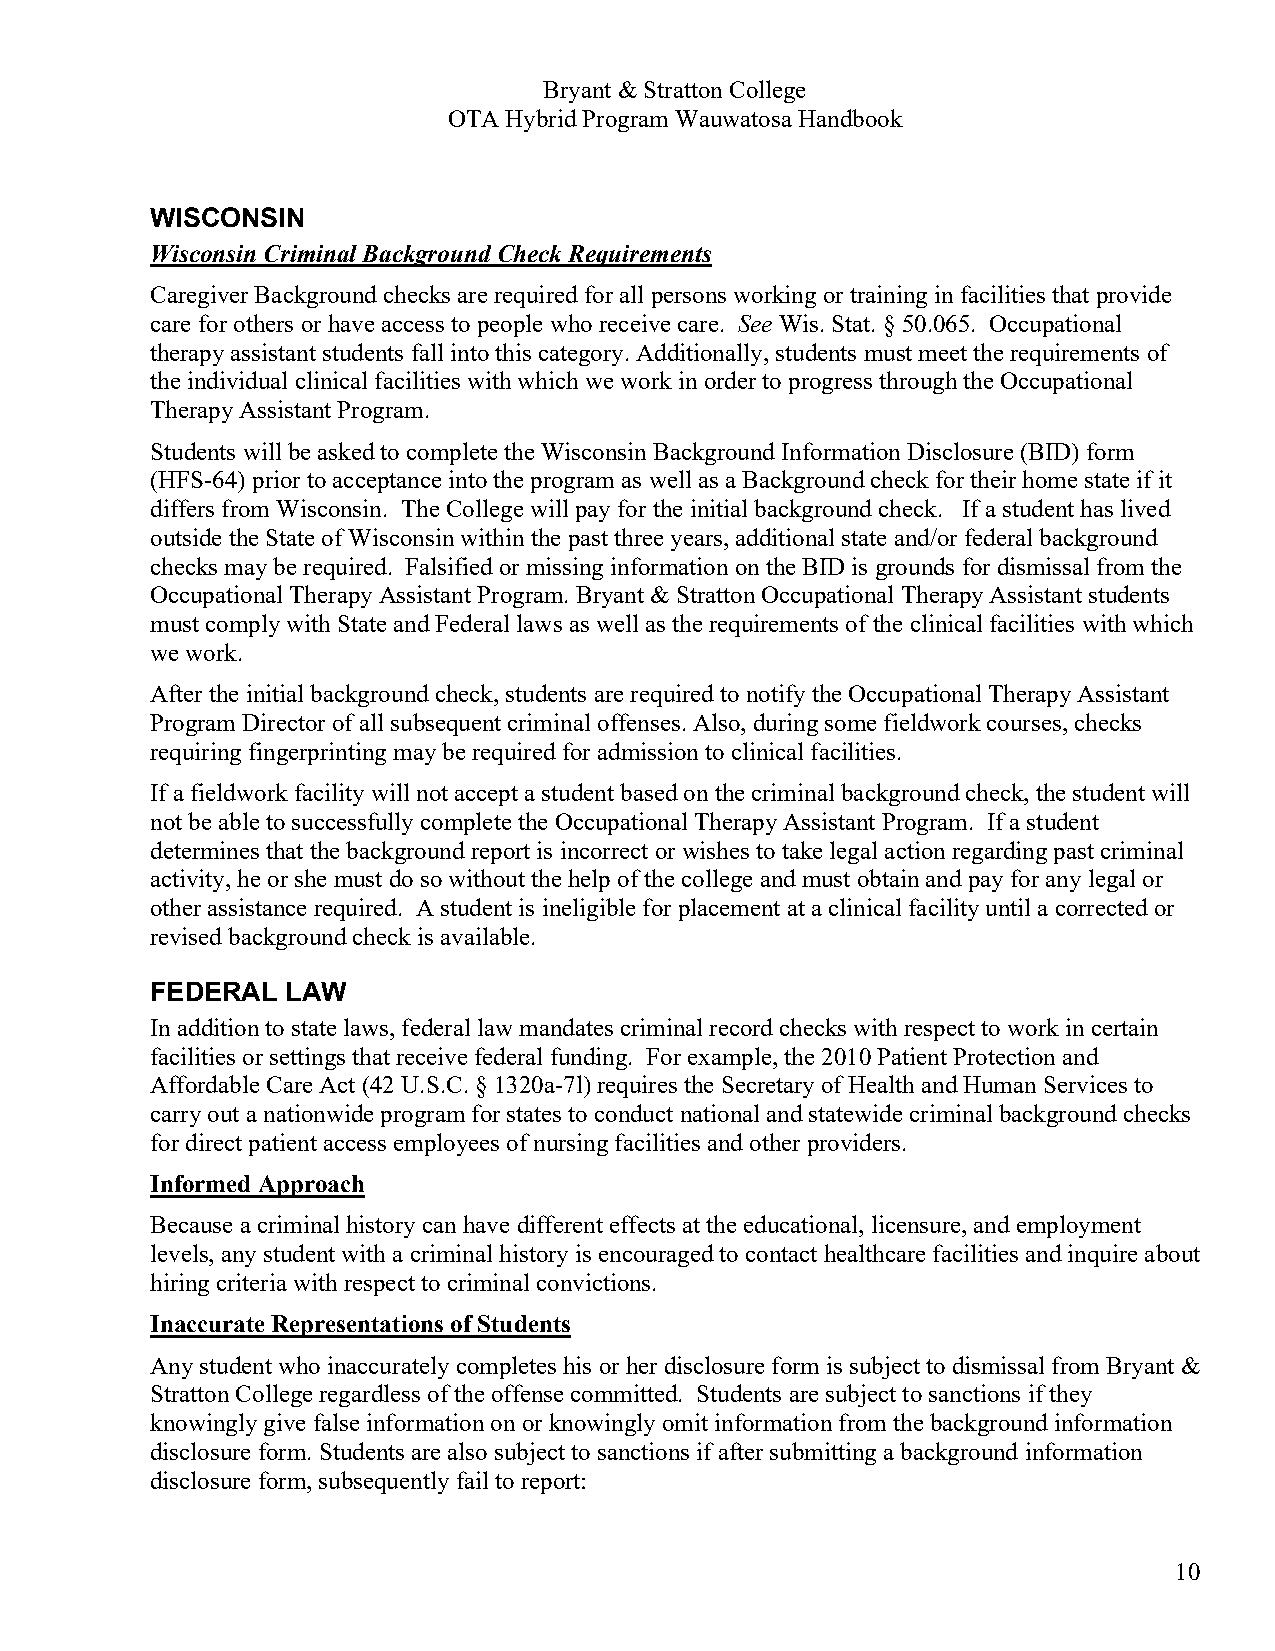
Bryant & Stratton College
 OTA Hybrid Program Wauwatosa Handbook
 WISCONSIN
 Wisconsin Criminal Background Check Requirements
 Caregiver Background checks are required for all persons working or training in facilities that provide
 care for others or have access to people who receive care. See Wis. Stat. § 50.065. Occupational
 therapy assistant students fall into this category. Additionally, students must meet the requirements of
 the individual clinical facilities with which we work in order to progress through the Occupational
 Therapy Assistant Program.
 Students will be asked to complete the Wisconsin Background Information Disclosure (BID) form
 (HFS-64) prior to acceptance into the program as well as a Background check for their home state if it
 differs from Wisconsin. The College will pay for the initial background check. If a student has lived
 outside the State of Wisconsin within the past three years, additional state and/or federal background
 checks may be required. Falsified or missing information on the BID is grounds for dismissal from the
 Occupational Therapy Assistant Program. Bryant & Stratton Occupational Therapy Assistant students
 must comply with State and Federal laws as well as the requirements of the clinical facilities with which
 we work.
 After the initial background check, students are required to notify the Occupational Therapy Assistant
 Program Director of all subsequent criminal offenses. Also, during some fieldwork courses, checks
 requiring fingerprinting may be required for admission to clinical facilities.
 If a fieldwork facility will not accept a student based on the criminal background check, the student will
 not be able to successfully complete the Occupational Therapy Assistant Program. If a student
 determines that the background report is incorrect or wishes to take legal action regarding past criminal
 activity, he or she must do so without the help of the college and must obtain and pay for any legal or
 other assistance required. A student is ineligible for placement at a clinical facility until a corrected or
 revised background check is available.
 FEDERAL  LAW
 In addition to state laws, federal law mandates criminal record checks with respect to work in certain
 facilities or settings that receive federal funding. For example, the 2010 Patient Protection and
 Affordable Care Act (42 U.S.C. § 1320a-7l) requires the Secretary of Health and Human Services to
 carry out a nationwide program for states to conduct national and statewide criminal background checks
 for direct patient access employees of nursing facilities and other providers.
 Informed Approach
 Because a criminal history can have different effects at the educational, licensure, and employment
 levels, any student with a criminal history is encouraged to contact healthcare facilities and inquire about
 hiring criteria with respect to criminal convictions.
 Inaccurate Representations of Students
 Any student who inaccurately completes his or her disclosure form is subject to dismissal from Bryant &
 Stratton College regardless of the offense committed. Students are subject to sanctions if they
 knowingly give false information on or knowingly omit information from the background information
 disclosure form. Students are also subject to sanctions if after submitting a background information
 disclosure form, subsequently fail to report:
 10